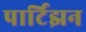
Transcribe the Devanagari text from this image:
पार्टिझन